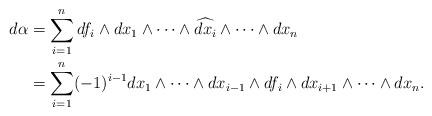
LaTeX: \begin{align*}d\alpha & = \sum_{i=1}^ndf_i \wedge dx_1 \wedge \cdots \wedge \widehat{dx_i}\wedge \cdots \wedge dx_n\\& = \sum_{i=1}^n(-1)^{i-1}dx_1 \wedge \cdots \wedge dx_{i-1}\wedge df_i \wedge dx_{i+1} \wedge \cdots \wedge dx_n.\end{align*}